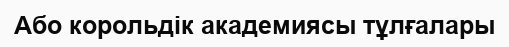
Або корольдік академиясы тұлғалары